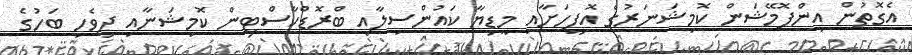
އެގޮތުން އިންފޮމޭޝަން ކޮމިޝަނަރުގެ އޮފީހަށާއި މީޑިޔާ ކައުންސިލާއި ބްރޮޑްކާސްޓިން ކޮމިޝަނާއި ދިވެހި ބަހުގެ